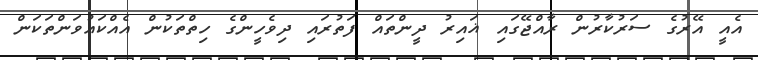
އެއީ އޭރުގެ ސަރުކާރުން ރާއްޖޭގައި ޣައިރު ދީންތައް ފަތުރައި ދިވެހީންގެ ހިތްތަކުން އެއްކައުވަންތަކަން